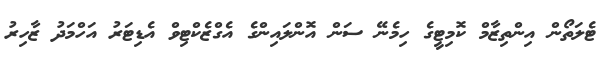
ޓެލަތޯން އިންތިޒާމް ކޮމިޓީގެ ހިމެނޭ ސަން އޮންލައިންގެ އެގްޒެކްޓިވް އެޑިޓަރު އަހްމަދު ޒާހިރު